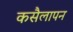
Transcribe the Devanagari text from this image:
कसैलापन